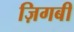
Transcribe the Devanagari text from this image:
ज़िगबी